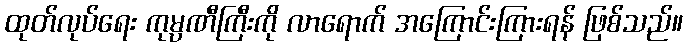
ထုတ်လုပ်ရေး ကုမ္ပဏီကြီးကို လာရောက် အကြောင်းကြားရန် ဖြစ်သည်။